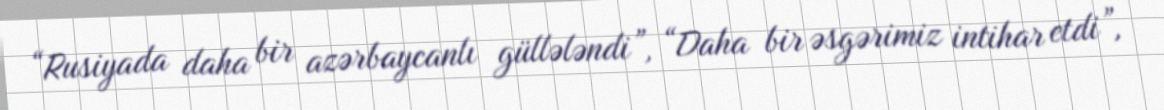
“Rusiyada daha bir azərbaycanlı güllələndi”, “Daha bir əsgərimiz intihar etdi”,